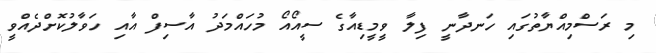
މި ރަސްމިއްޔާތުގައި ހަނދާނީ ފިލާ ވީމީޑިއާގެ ސީއޯއޯ މުހައްމަދު އާސިފް އާއި ހަވާލުކޮށްދެއްވީ